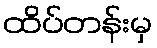
ထိပ်တန်းမှ